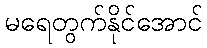
မရေတွက်နိုင်အောင်